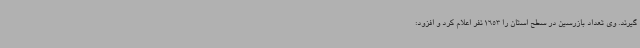
گیرند. وی تعداد بازرسین در سطح استان را 1653 نفر اعلام کرد و افزود: